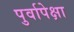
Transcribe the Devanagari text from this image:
पुर्वापेक्षा